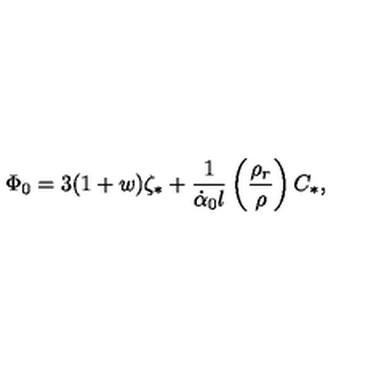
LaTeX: \Phi _ { 0 } = 3 ( 1 + w ) \zeta _ { \ast } + \frac { 1 } { \dot { \alpha } _ { 0 } l } \left( \frac { \rho _ { r } } { \rho } \right) C _ { \ast } ,